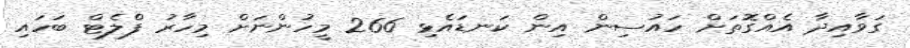
ގަވާއިދާ އެއްގޮތަށް ހައުސިން އިން ކަނޑައެޅި 266 މީހުންނަށް މިހާރު ފްލެޓް ބަހައި